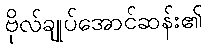
ဗိုလ်ချုပ်အောင်ဆန်း၏